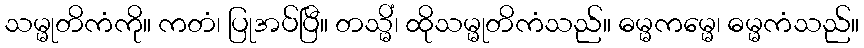
သမ္မုတိကံကို။ ကတံ၊ ပြုအပ်ပြီ။ တသ္မိံ၊ ထိုသမ္မုတိကံသည်။ ဓမ္မကမ္မေ၊ ဓမ္မကံသည်။